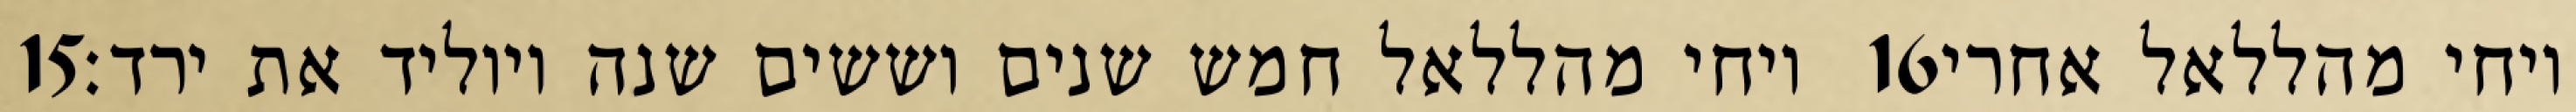
‎15‏ ויחי מהללאל חמש שנים וששים שנה ויוליד את ירד׃ ‎16‏ ויחי מהללאל אחרי